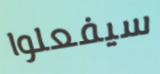
سيفعلوا